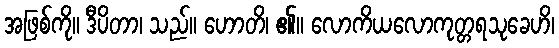
အဖြစ်ကို။ ဒီပိတာ၊ သည်။ ဟောတိ၊ ၏။ လောကိယလောကုတ္တရသုခေဟိ၊